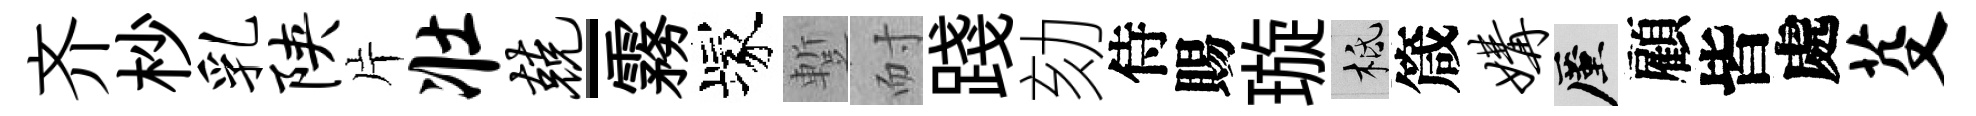
齐杪乳陕片壮兢-霧塚蹔耐踐劾侍賜璇柢箴媾厪顧皆處芟